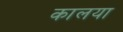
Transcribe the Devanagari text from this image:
कालया